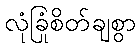
လုံခြုံစိတ်ချစွာ